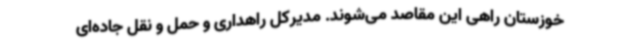
خوزستان راهی این مقاصد می‌شوند. مدیرکل راهداری و حمل و نقل جاده‌ای